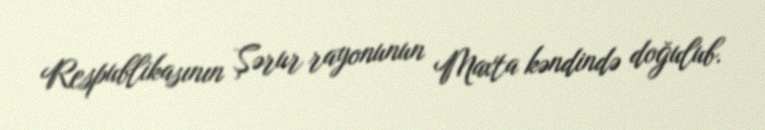
Respublikasının Şərur rayonunun Maxta kəndində doğulub.